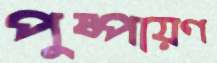
পুষ্পায়ণ